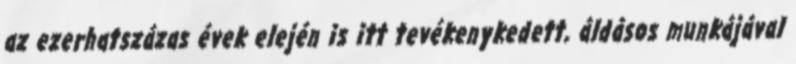
az ezerhatszázas évek elején is itt tevékenykedett, áldásos munkájával